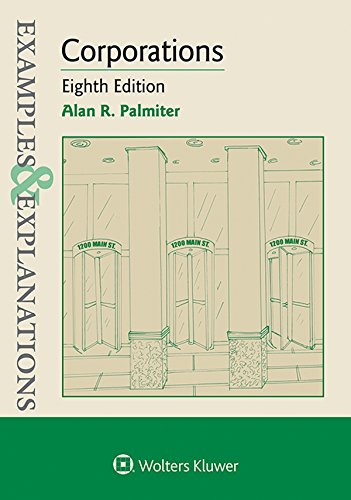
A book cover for Examples & Explanations: Corporations; Alan R. Palmiter; Law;